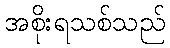
အစိုးရသစ်သည်